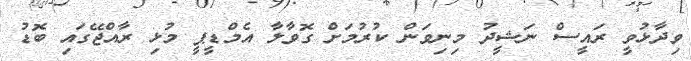
ވިދާޅުވީ ރައީސް ނަޝީދު މިނިވަން ކުރުމަށް ގޮވާލާ އެމްޑީޕީ މުޅި ރާއްޖޭގައި ބޮޑު